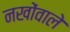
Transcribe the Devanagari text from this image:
नखोंवाले